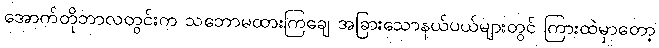
အောက်တိုဘာလတွင်းက သဘောမထားကြချေ အခြားသောနယ်ပယ်များတွင် ကြားထဲမှာတော့